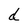
Character: d